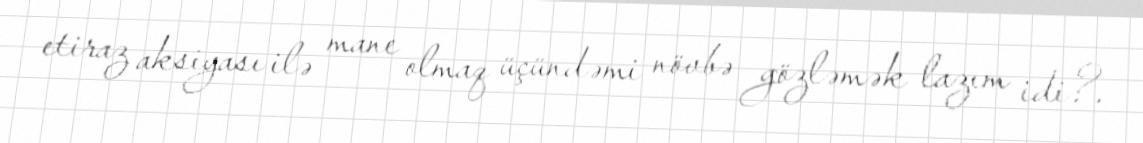
etiraz aksiyası ilə mane olmaq üçündəmi növbə gözləmək lazım idi?.